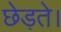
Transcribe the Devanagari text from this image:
छेड़ते।